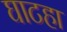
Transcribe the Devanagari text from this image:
घाटहा